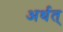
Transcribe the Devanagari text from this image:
अर्थत्